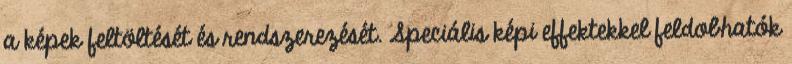
a képek feltöltését és rendszerezését. Speciális képi effektekkel feldobhatók